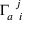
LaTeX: \Gamma _ { a \; \; i } ^ { \; \; j }